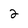
Character: 2